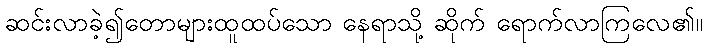
ဆင်းလာခဲ့၍တောများထူထပ်သော နေရာသို့ ဆိုက် ရောက်လာကြလေ၏။